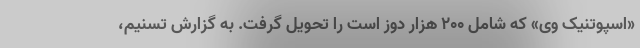
«اسپوتنیک وی» که شامل ۲۰۰ هزار دوز است را تحویل گرفت. به گزارش تسنیم،